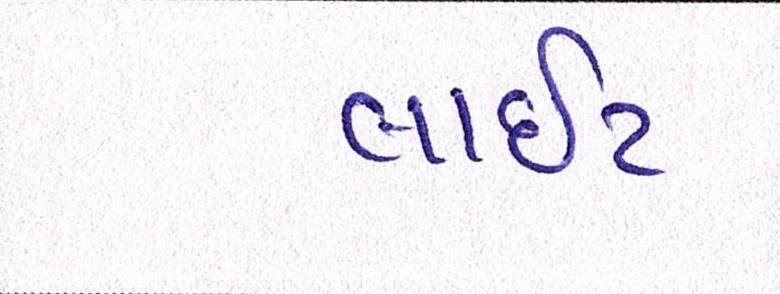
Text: લાઇટ